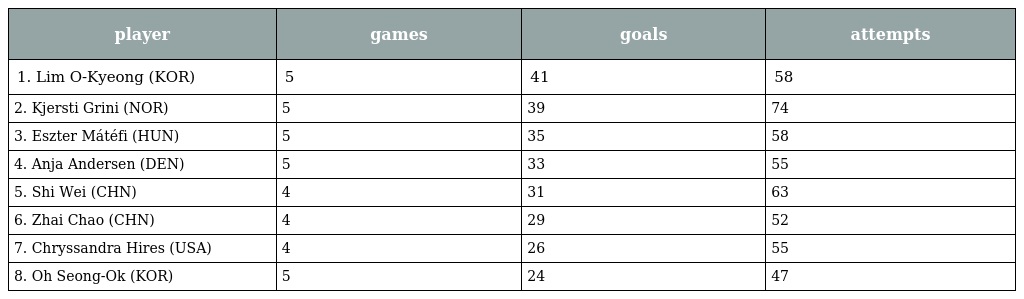
| player | games | goals | attempts |
 | --- | --- | --- | --- |
 | 1. Lim O-Kyeong (KOR) | 5 | 41 | 58 |
 | 2. Kjersti Grini (NOR) | 5 | 39 | 74 |
 | 3. Eszter Mátéfi (HUN) | 5 | 35 | 58 |
 | 4. Anja Andersen (DEN) | 5 | 33 | 55 |
 | 5. Shi Wei (CHN) | 4 | 31 | 63 |
 | 6. Zhai Chao (CHN) | 4 | 29 | 52 |
 | 7. Chryssandra Hires (USA) | 4 | 26 | 55 |
 | 8. Oh Seong-Ok (KOR) | 5 | 24 | 47 |